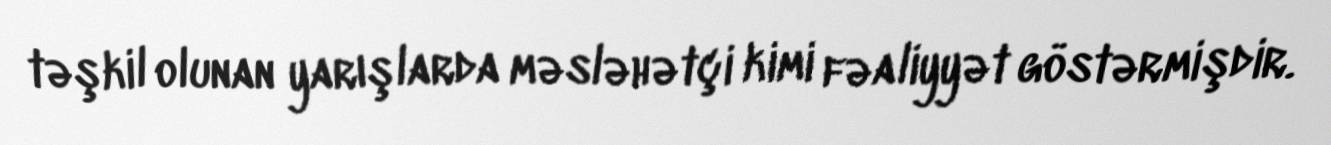
təşkil olunan yarışlarda məsləhətçi kimi fəaliyyət göstərmişdir.